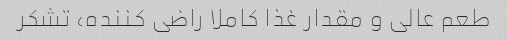
طعم عالی و مقدار غذا کاملا راضی کننده، تشکر